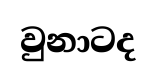
වුනාටද